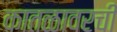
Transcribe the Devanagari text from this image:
कातळावरची